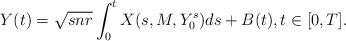
LaTeX: \begin{align*} Y(t) = \sqrt{snr} \int_0^t X(s, M, Y_0^{s}) ds+B(t),t \in[0, T].\end{align*}